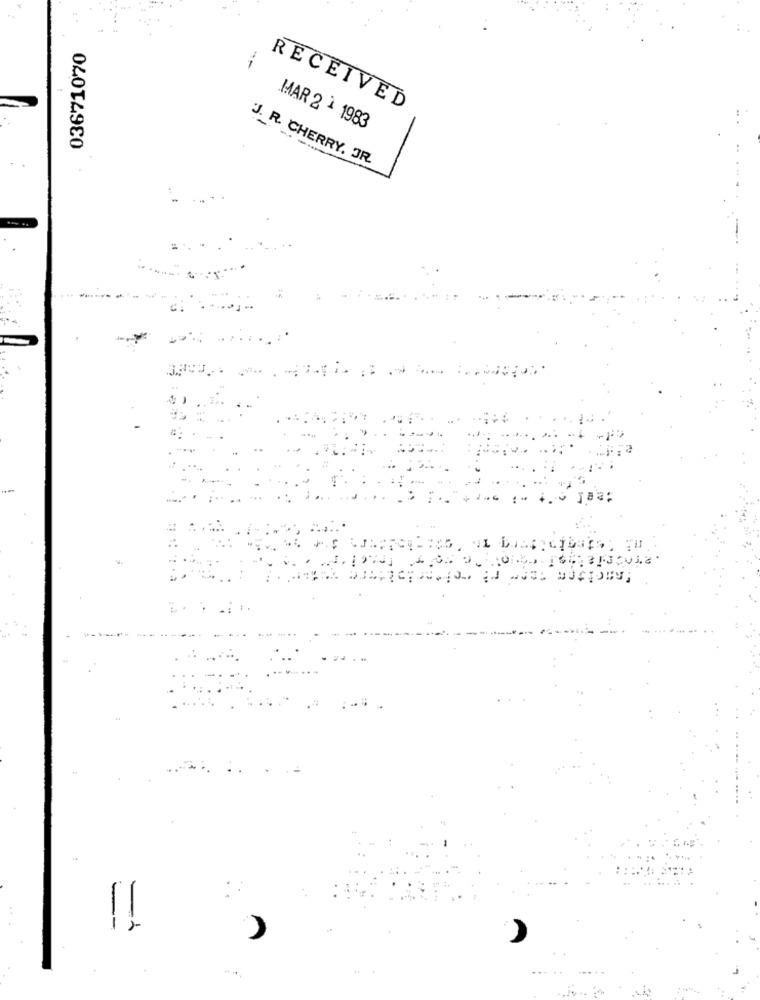
03671070
--
RECEIVED
MAR 2 - 1983
J. R. CHERRY, JR.